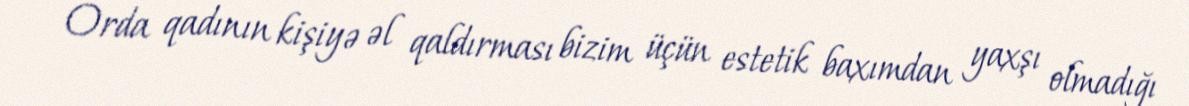
Orda qadının kişiyə əl qaldırması bizim üçün estetik baxımdan yaxşı olmadığı